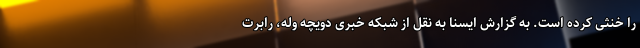
را خنثی کرده است. به گزارش ایسنا به نقل از شبکه خبری دویچه وله، رابرت